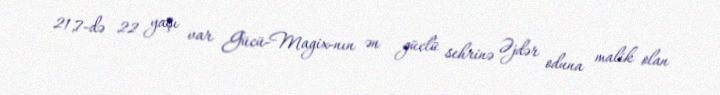
21,7-də 22 yaşı var Gücü-Magix-nın ən güclü sehrinə Əjdər oduna malik olan